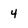
Character: 4